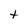
Character: t